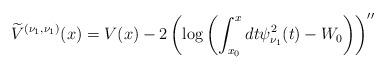
LaTeX: \begin{align*} \widetilde{V}^{( \nu _{1},\nu _{1}) }(x) =V( x) -2\left( \log \left( \int_{x_{0}}^{x}dt\psi _{\nu _{1}}^{2}(t)-W_{0}\right) \right) ^{\prime \prime } \end{align*}